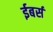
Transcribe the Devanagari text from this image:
ईबर्स